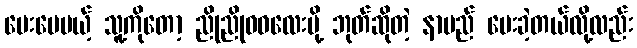
ပေးပေမယ့် သူ့ကိုတော့ ညိုညိုဝဝလေးမို့ ဘုတ်ဆိုတဲ့ နာမည် ပေးခဲ့တယ်လို့လည်း